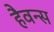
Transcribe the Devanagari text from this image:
हैवन्स